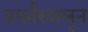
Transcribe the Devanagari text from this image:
बर्फाखालून